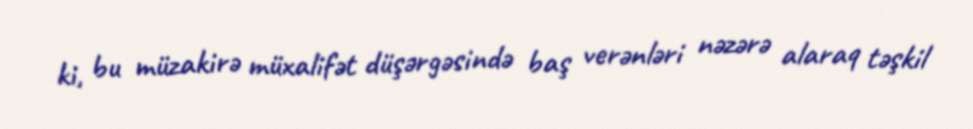
ki, bu müzakirə müxalifət düşərgəsində baş verənləri nəzərə alaraq təşkil